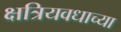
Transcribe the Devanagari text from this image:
क्षत्रियवधाच्या